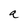
Character: a